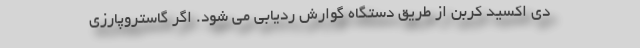
دی اکسید کربن از طریق دستگاه گوارش ردیابی می شود. اگر گاستروپارزی